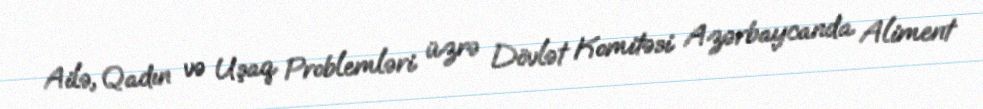
Ailə, Qadın və Uşaq Problemləri üzrə Dövlət Komitəsi Azərbaycanda Aliment